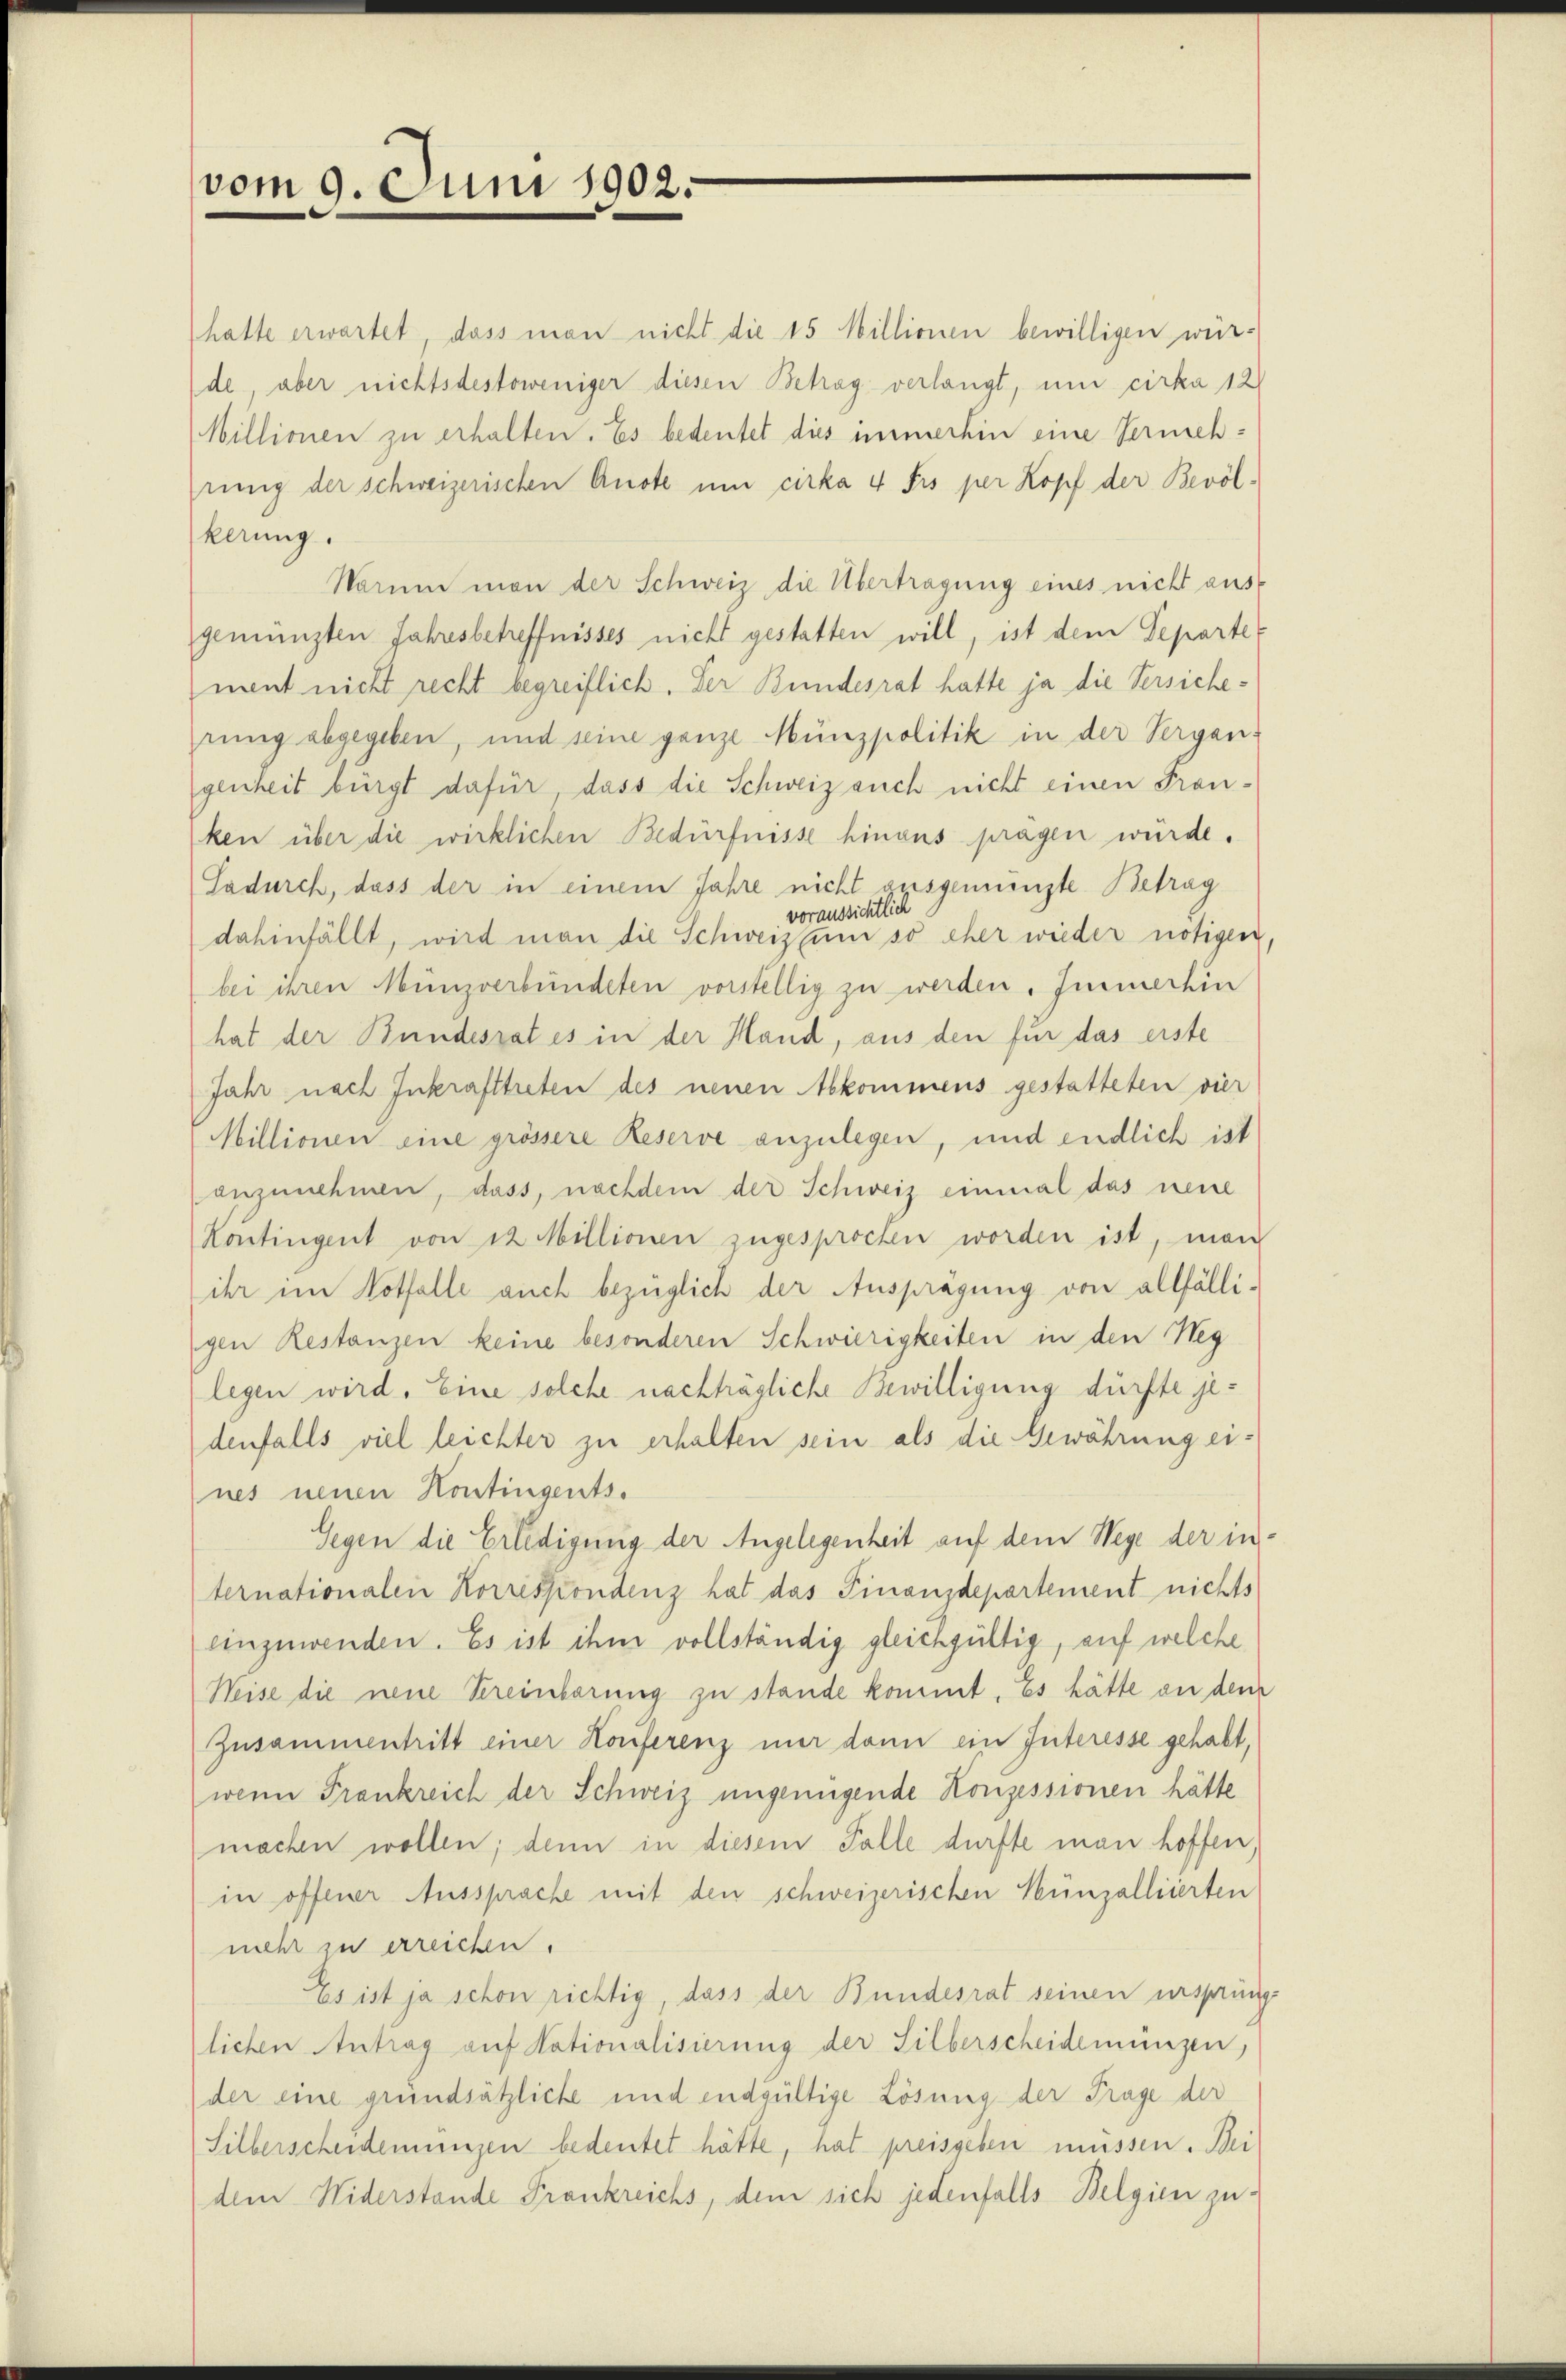
vom 9. Juni 1902.

hatte erwartet dass man nicht die 15 Millionen bewilligen würde, aber nichtsdestoweniger diesen Betrag verlangt, um cirka 12
Millionen zu erhalten. Es bedeutet dies immerhin eine Vermehrung der schweizerischen Anste um cirka 4 Frs per Kopf der Bevölkerung.
Warum man der Schweiz die Übertragung eines nicht aus
gemünzten Jahresbetreffnisses nicht gestatten will, ist dem Separte
ment nicht recht begreiflich. Der Bundesrat hatte ja die Versicherung abgegeben, und seine ganze Münzpolitik in der Vergangenheit bürgt dafür, dass die Schweiz auch nicht einen Franken über die wirklichen Bedürfnisse hinaus fragen würde.
Sadurch, dass der in einem Jahre nicht ausgemünzte Betrag
voraussichtlich
dahinfällt, wird man die Schweiz um so eher wieder nötigen
bei ihren Münzverbündeten vorstellig zu werden. Immerhin
hat der Bundesrat es in der Hand, aus den für das erste
Jahr nach Inkrafttreten des neuen Abkommens gestatteten vier
Millionen eine grössere Reserve anzulegen, und endlich ist
anzunehmen, dass, nachdem der Schweiz einmal das neue
Kontingent von 12 Millionen zugesprochen worden ist, man
ihr im Notfalle auch bezüglich der Ausprägung von allfälligen Restanzen keine besonderen Schwierigkeiten in den Heg
legen wird. Eine solche nachträgliche Bewilligung dürfte jedenfalls viel leichter zu erhalten sein als die Gewährung eines neuen Kontingents.
Gegen die Erledigung der Angelegenheit auf dem Wege der internationalen Korrespondenz hat das Finanzdepartement nichts
einzuwenden. Es ist ihm vollständig gleichgültig, auf welche
Wise die neue Kreinbarung zu stande kommt. Es hätte an dem
Zusammentritt einer Konferenz mir dann ein Interesse gehabt,
wenn Frankreich der Schweiz ungenügende Konzessionen hätte
machen wollen; denn in diesem Falle dürfte man hoffen,
in offener Aussprache mit den schweizerischen Münzalliierten
mehr zu erreichen.
Es ist ja schon richtig, dass der Bundesrat seinen ursprung
lichen Antrag auf Nationalisierung der Silberscheidemünzen,
der eine grundsätzliche und endgültige Lösung der Frage der
Silberscheidemungen bedeutet hätte, hat preisgeben müssen. Bei
dem Widerstande Frankreichs, dem sich jedenfalls Belgien zu¬